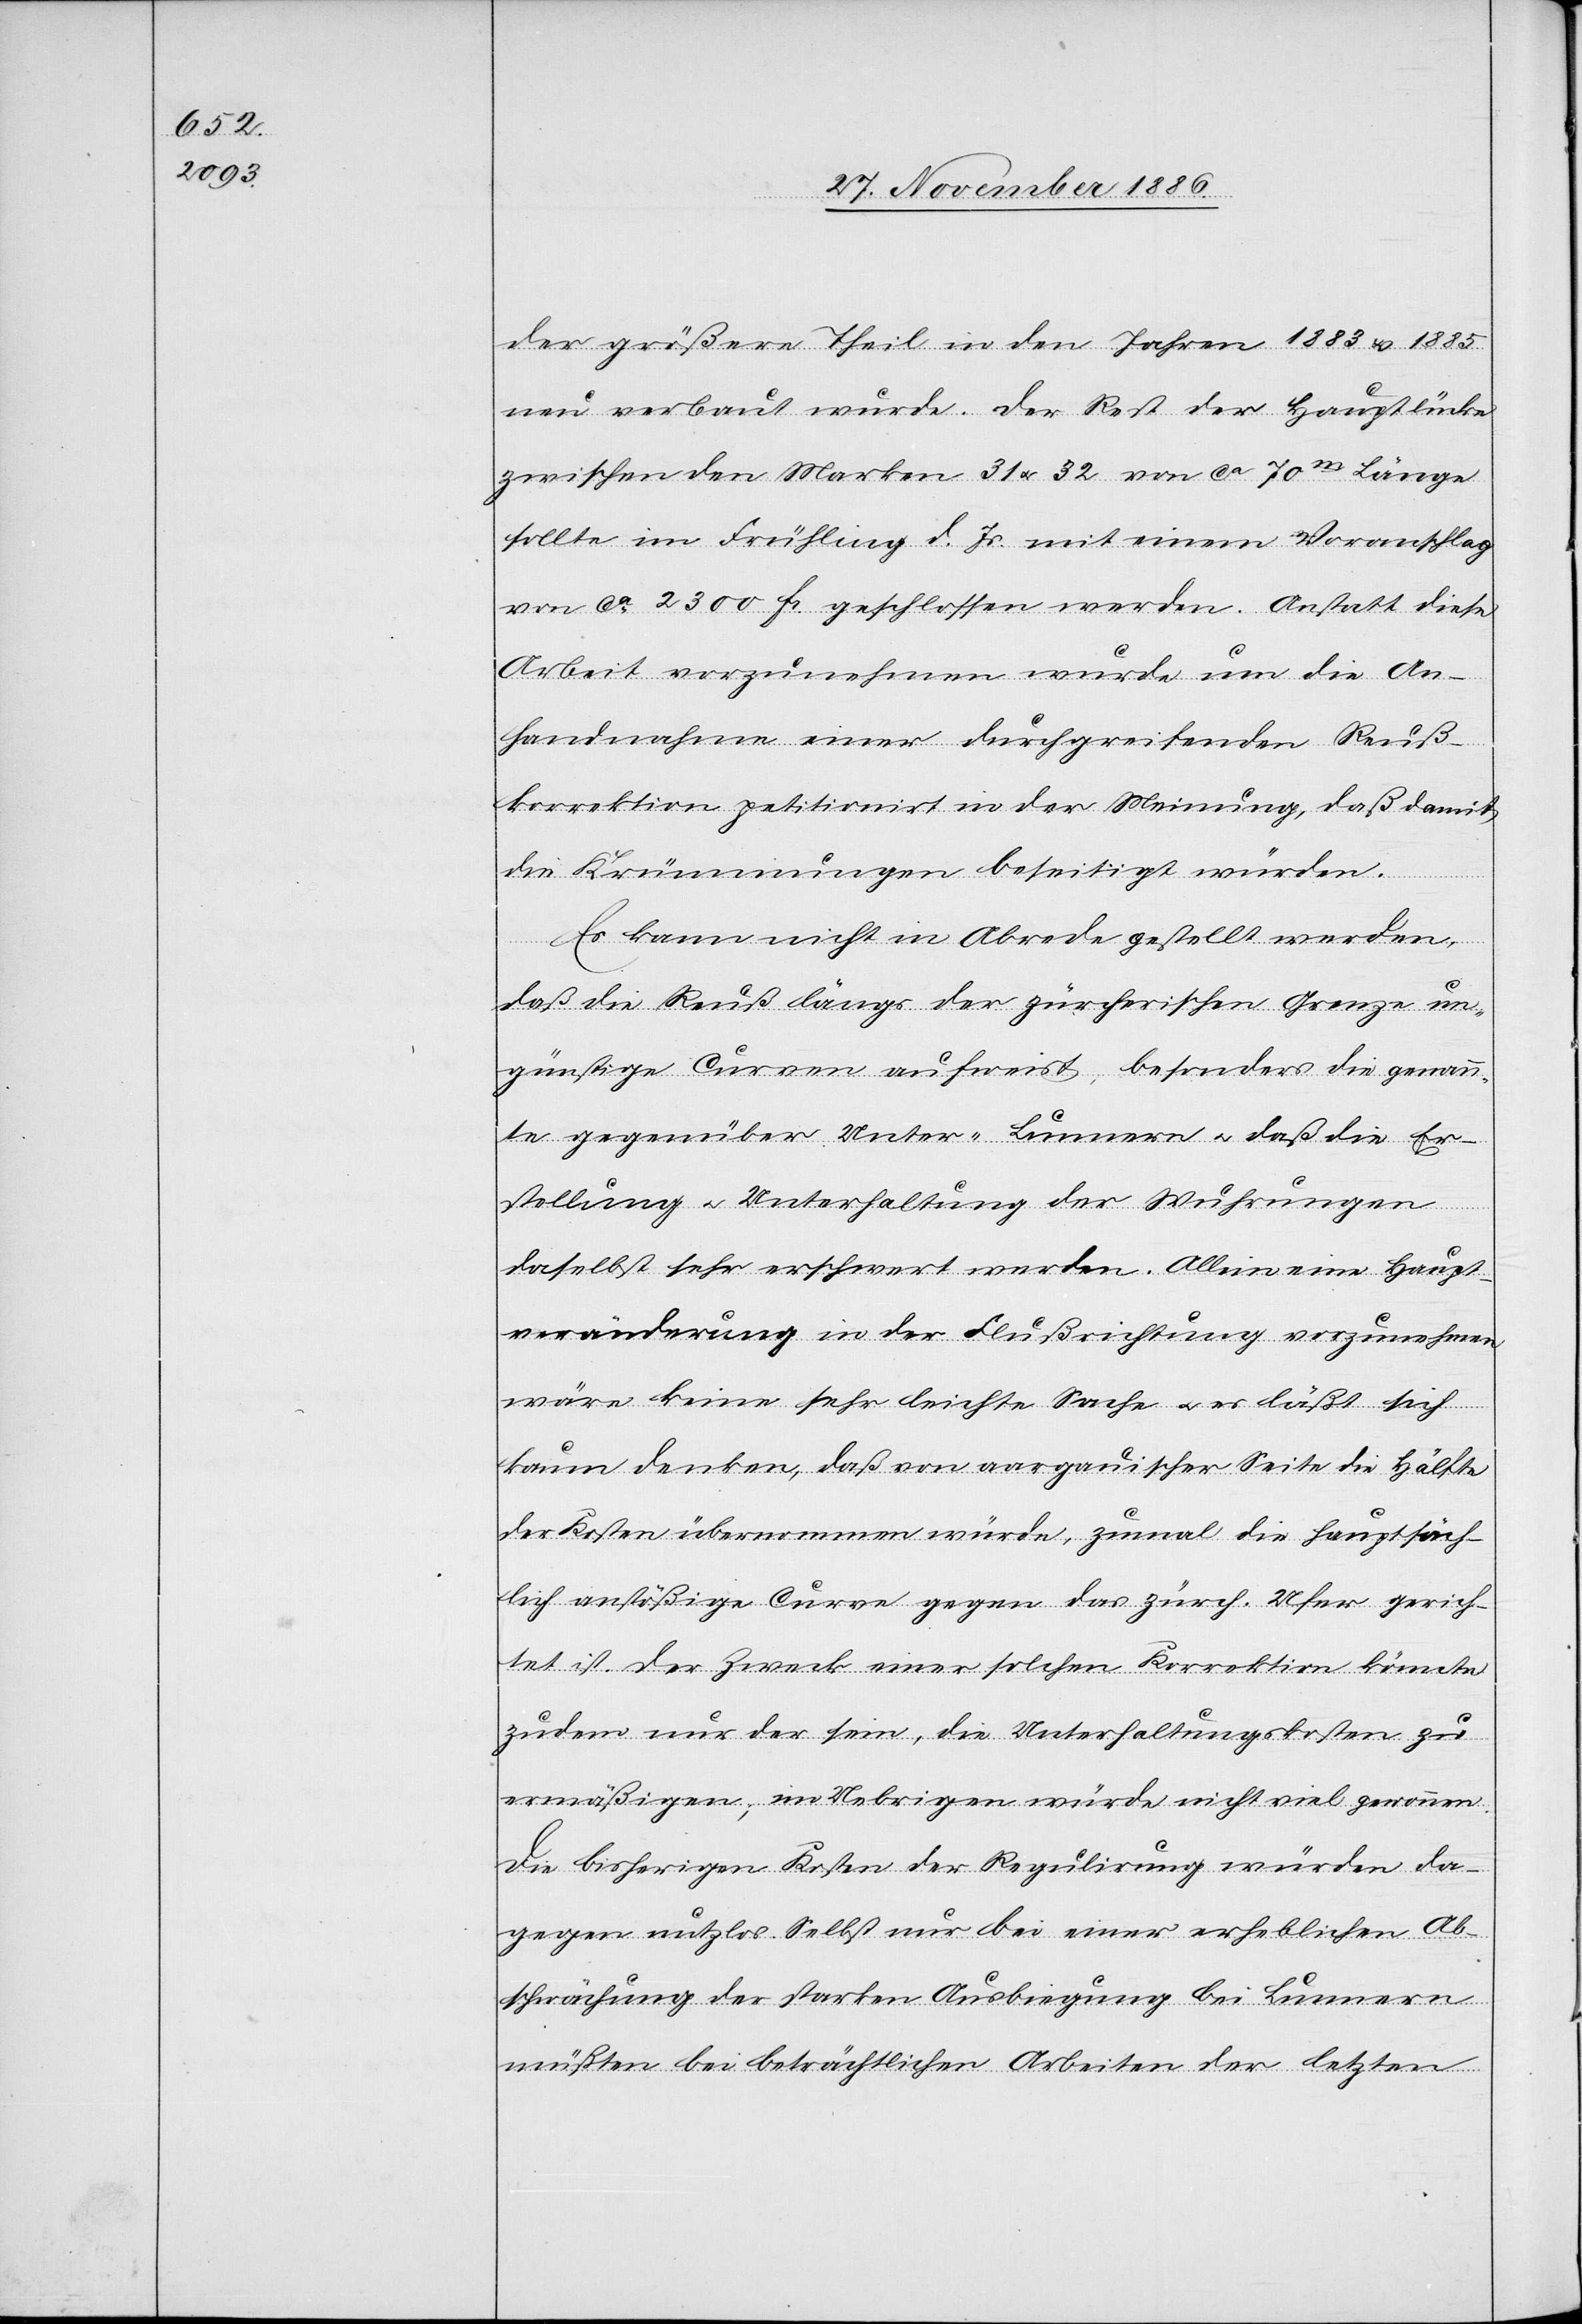
der größere Theil in den Jahren 1883 & 1885
neu verbaut wurde. Der Rest der Hauptlücke
zwischen den Marken 31 & 32 von ca 70m Länge
sollte im Frühling d. Js. mit einem Voranschlag
von ca 2300 Fr. geschlossen werden. Anstatt diese
Arbeit vorzunehmen wurde um die An¬
handnahme einer durchgreifenden Reuß¬
korrektion petitionirt in der Meinung, daß damit
die Krümmungen beseitigt würden.
Es kann nicht in Abrede gestellt werden,
daß die Reuß längs der zürcherischen Grenze un¬
günstige Curven aufweist, besonders die genann¬
te gegenüber Unter-Lunnern & daß die Er¬
stellung & Unterhaltung der Wuhrungen
[re¬
daselbst sehr erschwert werden. Allein eine Haupt¬
veränderung in der Flußrichtung vorzunehmen
wäre keine sehr leichte Sache & es läßt sich
kaum denken, daß von aargauischer Seite die Hälfte
der Kosten übernommen würde, zumal die hauptsäch¬
lich anstößige Curve gegen das zürch. Ufer gerich¬
tet ist. Der Zweck einer solchen Korrektion könnte
zudem nur der sein, die Unterhaltungskosten zu
ermäßigen; im Uebrigen würde nicht viel gewonnen.
Die bisherigen Kosten der Regulirung würden da¬
gegen nutzlos. Selbst nur bei einer erheblichen Ab¬
schwächung der starken Ausbiegung bei Lunnern
cte: die] beträchtlichen Arbeiten der letzten